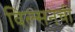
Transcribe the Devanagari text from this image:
विल्सनची